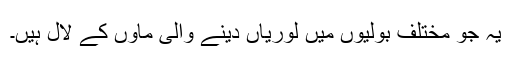
یہ جو مختلف بولیوں میں لوریاں دینے والی ماؤں کے لال ہیں۔